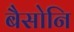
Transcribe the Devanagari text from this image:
बैसोनि